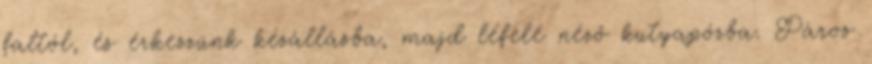
faltól, és érkezzünk kézállásba, majd lefelé néző kutyapózba. Páros